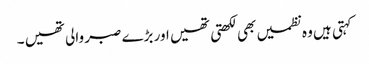
کہتی ہیں وہ نظمیں بھی لکھتی تھیں اور بڑے صبر والی تھیں ۔